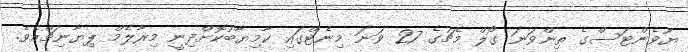
ޔުވެންޓަސްގެ ތިންވަނަ ގޯލް މެޗުގެ 27 ވަނަ މިނެޓްގައި ކާމިޔާބުކޮށްދިނީ މިރާލެމް ޕިޔާނިޗްއެވެ.